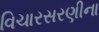
વિચારસરણીના